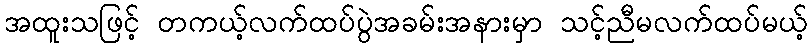
အထူးသဖြင့် တကယ့်လက်ထပ်ပွဲအခမ်းအနားမှာ သင့်ညီမလက်ထပ်မယ့်